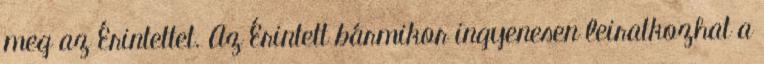
meg az Érintettet. Az Érintett bármikor ingyenesen leiratkozhat a